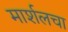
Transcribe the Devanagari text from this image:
मार्शलचा